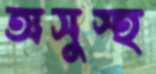
অসুস্হ